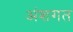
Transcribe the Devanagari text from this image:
अंशगत